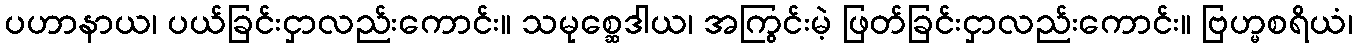
ပဟာနာယ၊ ပယ်ခြင်းငှာလည်းကောင်း။ သမုစ္ဆေဒါယ၊ အကြွင်းမဲ့ ဖြတ်ခြင်းငှာလည်းကောင်း။ ဗြဟ္မစရိယံ၊